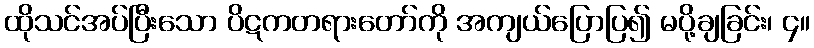
ထိုသင်အပ်ပြီးသော ပိဋကတရားတော်ကို အကျယ်ပြောပြ၍ မပို့ချခြင်း၊ ၄။